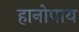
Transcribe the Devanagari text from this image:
हानोपाय